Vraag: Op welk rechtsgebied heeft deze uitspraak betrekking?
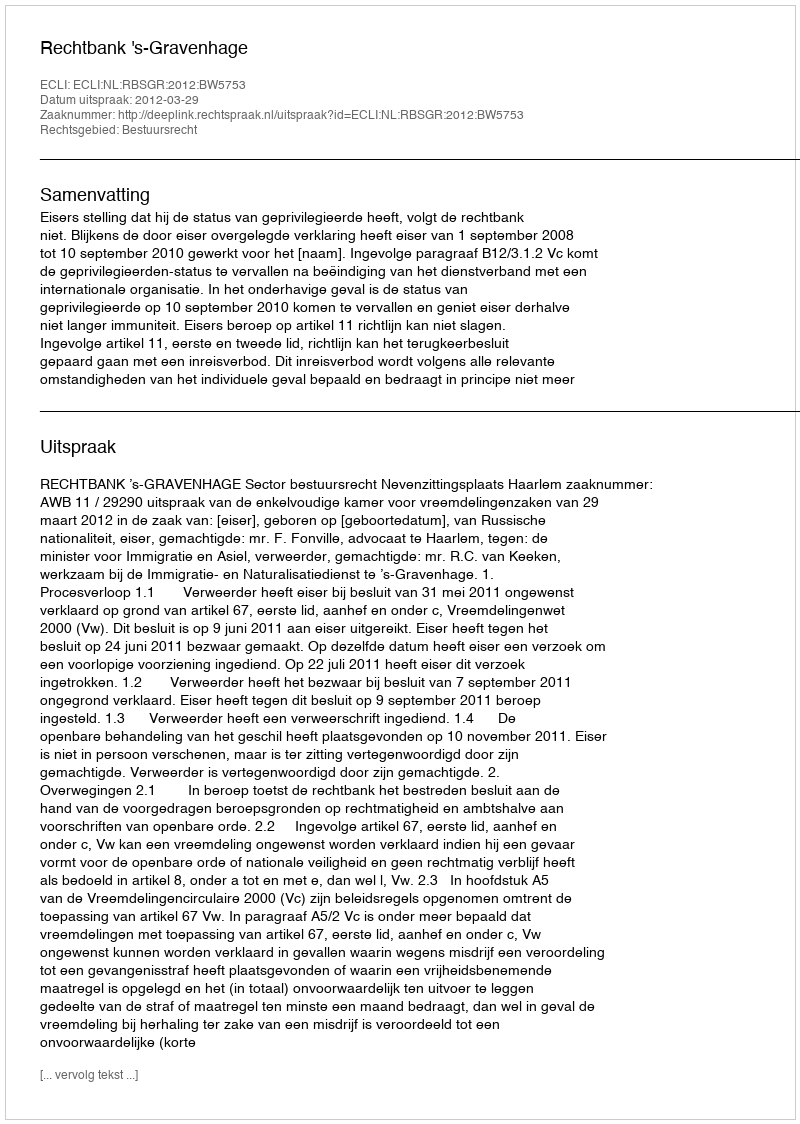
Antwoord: Bestuursrecht